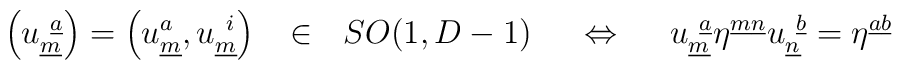
\left(u^{~\underline{a}}_{\underline{m}}\right) =\left(u^{a}_{\underline{m}}, u^{~i}_{\underline{m}}\right) ~~ \in ~~ SO(1,D-1)~~~~\Leftrightarrow ~~~~u^{~\underline{a}}_{\underline{m}} \eta^{\underline{m}\underline{n}}u^{~\underline{b}}_{\underline{n}} = \eta^{\underline{a}\underline{b}}